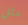
مثل